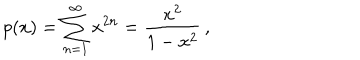
LaTeX: p ( x ) = \sum _ { n = 1 } ^ { \infty } x ^ { 2 n } = { \frac { x ^ { 2 } } { 1 - x ^ { 2 } } } \, ,